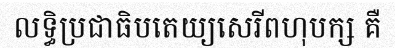
លទ្ធិប្រជាធិបតេយ្យសេរីពហុបក្ស គឺ